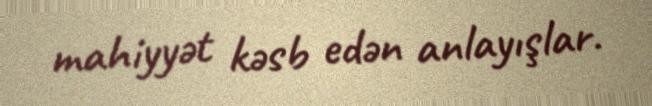
mahiyyət kəsb edən anlayışlar.